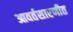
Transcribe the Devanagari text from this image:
आवर्तसारणीत